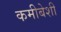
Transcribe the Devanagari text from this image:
कमीबेशी